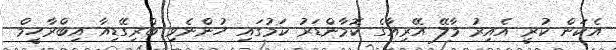
އެކަން ކުރީ އެއިރު މާލޭ އޭރިއާގެ ކޮމާންޑަރު ކަމުގައި ހުންނެވި ބްރިގޭޑިއާ އިބްރާހީމް